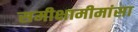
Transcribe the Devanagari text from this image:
समीक्षामीमांसा